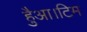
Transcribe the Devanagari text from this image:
हैुआ।टिम